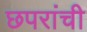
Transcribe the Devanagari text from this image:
छपरांची